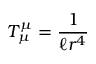
T _ { \mu } ^ { \mu } = \frac { 1 } { \ell r ^ { 4 } }